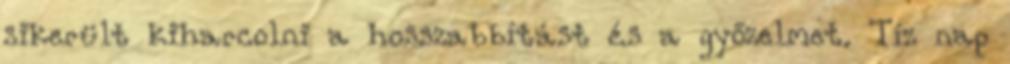
sikerült kiharcolni a hosszabbítást és a győzelmet. Tíz nap